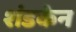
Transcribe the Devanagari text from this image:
शंडकेन